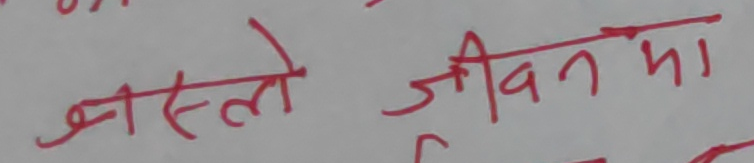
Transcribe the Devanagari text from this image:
जसले जीवनमा